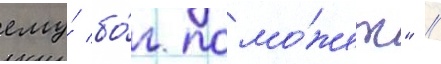
ему́ бо́г помо́жет" //